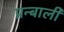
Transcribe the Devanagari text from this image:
प्रन्बाली